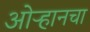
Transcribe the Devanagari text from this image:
ओऱ्हानचा